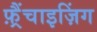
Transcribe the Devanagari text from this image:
फ़्रैंचाइज़िंग